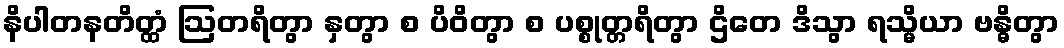
နိပါတနတိတ္ထံ ဩတရိတွာ နှတွာ စ ပိဝိတွာ စ ပစ္စုတ္တရိတွာ ဌိတေ ဒိသွာ ရသ္မိယာ ဗန္ဓိတွာ